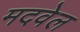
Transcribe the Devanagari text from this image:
मदवेल